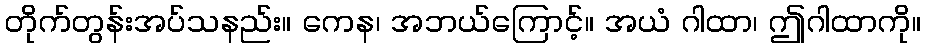
တိုက်တွန်းအပ်သနည်း။ ကေန၊ အဘယ်ကြောင့်။ အယံ ဂါထာ၊ ဤဂါထာကို။